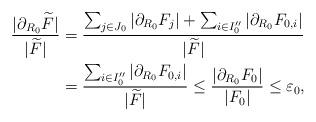
LaTeX: \begin{align*} \frac{|\partial_{R_0}\widetilde{F}|}{|\widetilde{F}|} & = \frac{\sum_{j\in J_0} |\partial_{R_0}F_j| + \sum _{i\in I_0''} |\partial_{R_0}F_{0,i}|}{|\widetilde{F}|}\\ & = \frac{ \sum _{i\in I_0''} |\partial_{R_0}F_{0,i}|}{|\widetilde{F}|} \le \frac{|\partial_{R_0}F_0|}{|F_0|}\le \varepsilon_0, \end{align*}